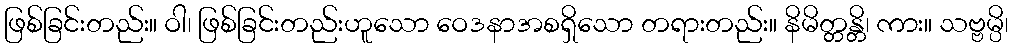
ဖြစ်ခြင်းတည်း။ ဝါ၊ ဖြစ်ခြင်းတည်းဟူသော ဝေဒနာအစရှိသော တရားတည်း။ နိမိတ္တန္တိ၊ ကား။ သဗ္ဗမ္ပိ၊